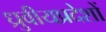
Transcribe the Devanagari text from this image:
ध्रुवीयप्रदेशों